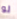
لو